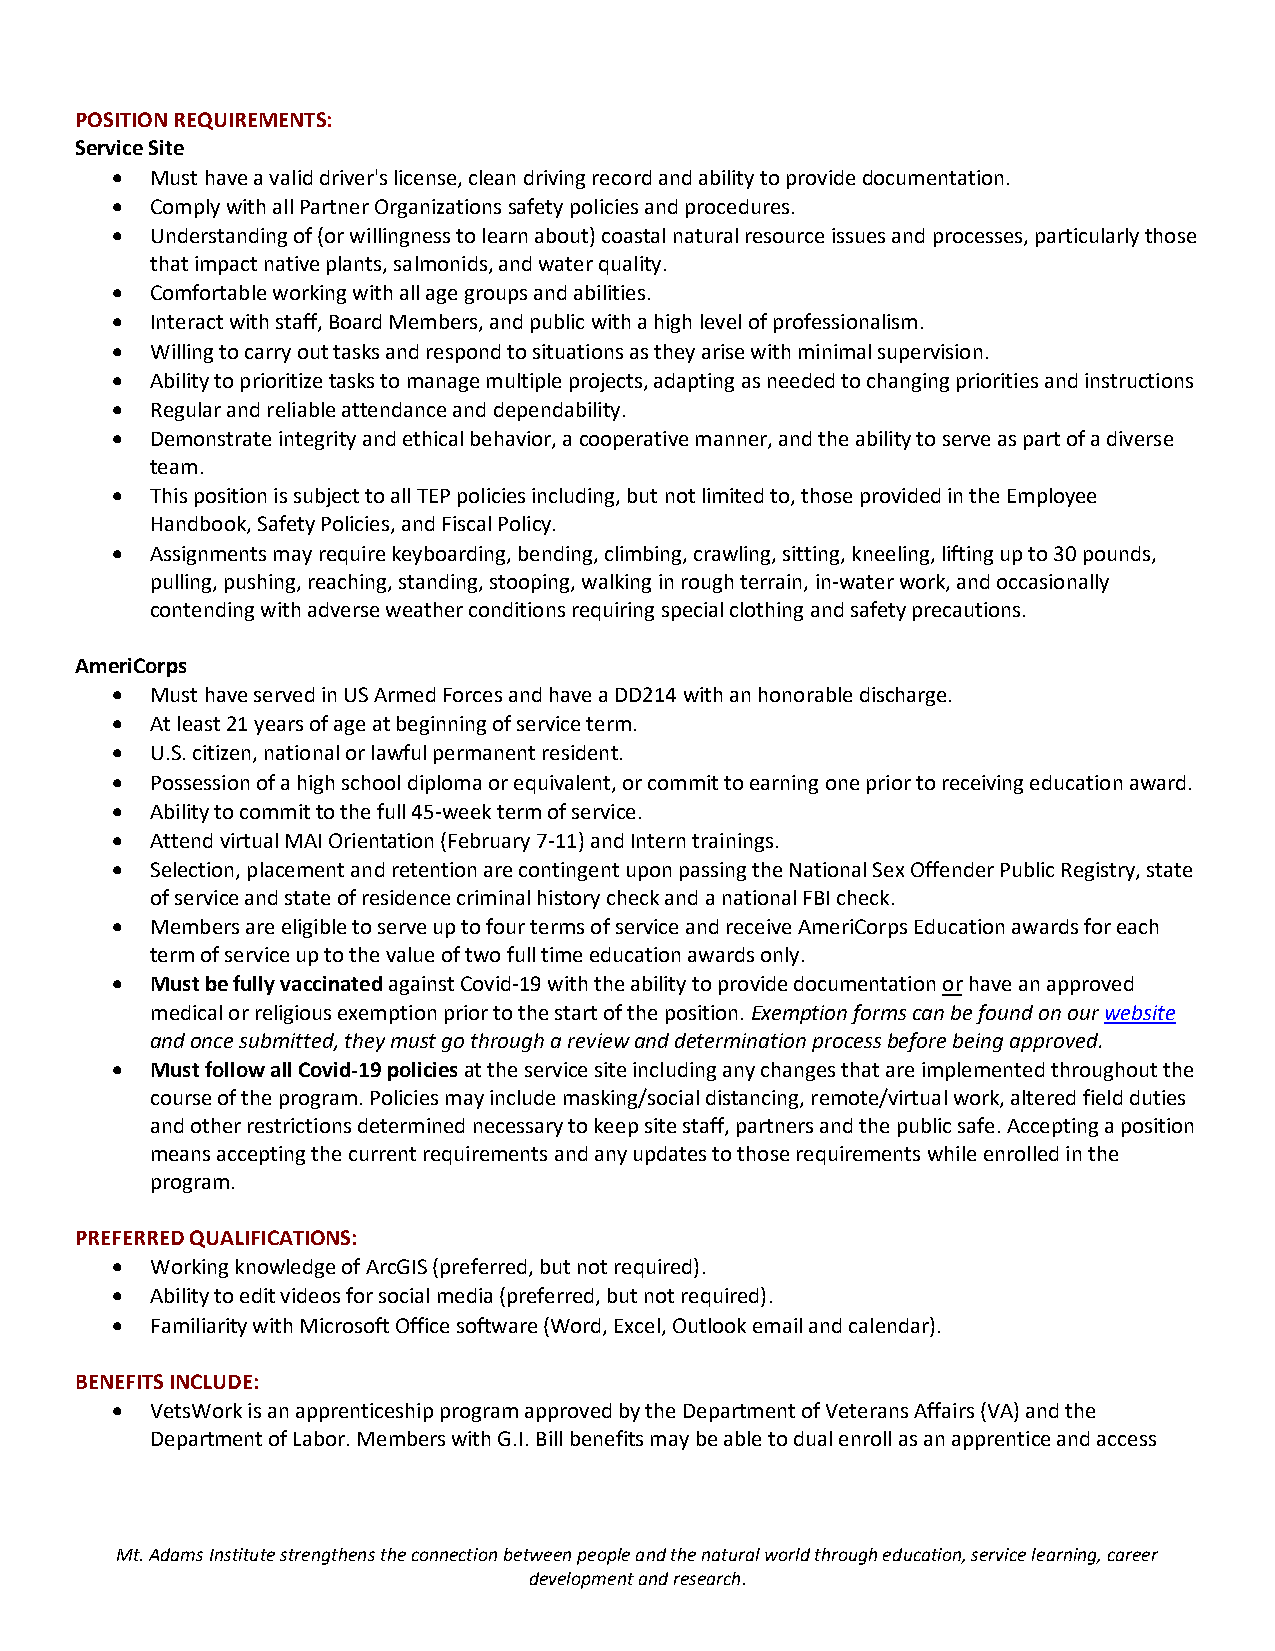
POSITION REQUIREMENTS:
 Service Site
   Must have a valid driver's license, clean driving record and ability to provide documentation.
   Comply with all Partner Organizations safety policies and procedures.
   Understanding of (or willingness to learn about) coastal natural resource issues and processes, particularly those
 that impact native plants, salmonids, and water quality.
   Comfortable working with all age groups and abilities.
   Interact with staff, Board Members, and public with a high level of professionalism.
   Willing to carry out tasks and respond to situations as they arise with minimal supervision.
   Ability to prioritize tasks to manage multiple projects, adapting as needed to changing priorities and instructions
   Regular and reliable attendance and dependability.
   Demonstrate integrity and ethical behavior, a cooperative manner, and the ability to serve as part of a diverse
 team.
   This position is subject to all TEP policies including, but not limited to, those provided in the Employee
 Handbook, Safety Policies, and Fiscal Policy.
   Assignments may require keyboarding, bending, climbing, crawling, sitting, kneeling, lifting up to 30 pounds,
 pulling, pushing, reaching, standing, stooping, walking in rough terrain, in-water work, and occasionally
 contending with adverse weather conditions requiring special clothing and safety precautions.
 AmeriCorps
   Must have served in US Armed Forces and have a DD214 with an honorable discharge.
   At least 21 years of age at beginning of service term.
   U.S. citizen, national or lawful permanent resident.
   Possession of a high school diploma or equivalent, or commit to earning one prior to receiving education award.
   Ability to commit to the full 45-week term of service.
   Attend virtual MAI Orientation (February 7-11) and Intern trainings.
   Selection, placement and retention are contingent upon passing the National Sex Offender Public Registry, state
 of service and state of residence criminal history check and a national FBI check.
   Members are eligible to serve up to four terms of service and receive AmeriCorps Education awards for each
 term of service up to the value of two full time education awards only.
   Must be fully vaccinated against Covid-19 with the ability to provide documentation or have an approved
 medical or religious exemption prior to the start of the position. Exemption forms can be found on our website
 and once submitted, they must go through a review and determination process before being approved.
   Must follow all Covid-19 policies at the service site including any changes that are implemented throughout the
 course of the program. Policies may include masking/social distancing, remote/virtual work, altered field duties
 and other restrictions determined necessary to keep site staff, partners and the public safe. Accepting a position
 means accepting the current requirements and any updates to those requirements while enrolled in the
 program.
 PREFERRED QUALIFICATIONS:
   Working knowledge of ArcGIS (preferred, but not required).
   Ability to edit videos for social media (preferred, but not required).
   Familiarity with Microsoft Office software (Word, Excel, Outlook email and calendar).
 BENEFITS INCLUDE:
   VetsWork is an apprenticeship program approved by the Department of Veterans Affairs (VA) and the
 Department of Labor. Members with G.I. Bill benefits may be able to dual enroll as an apprentice and access
 Mt. Adams Institute strengthens the connection between people and the natural world through education, service learning, career
 development and research.